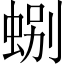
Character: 𫊽